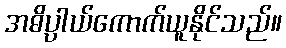
အဓိပ္ပာယ်ကောက်ယူနိုင်သည်။